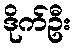
ဒိုက်ဦး